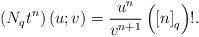
LaTeX: \begin{align*}\left( N_{q}t^{n}\right) \left( u;v\right) =\frac{u^{n}}{v^{n+1}}\left( \left[ n\right] _{q}\right) !. \end{align*}